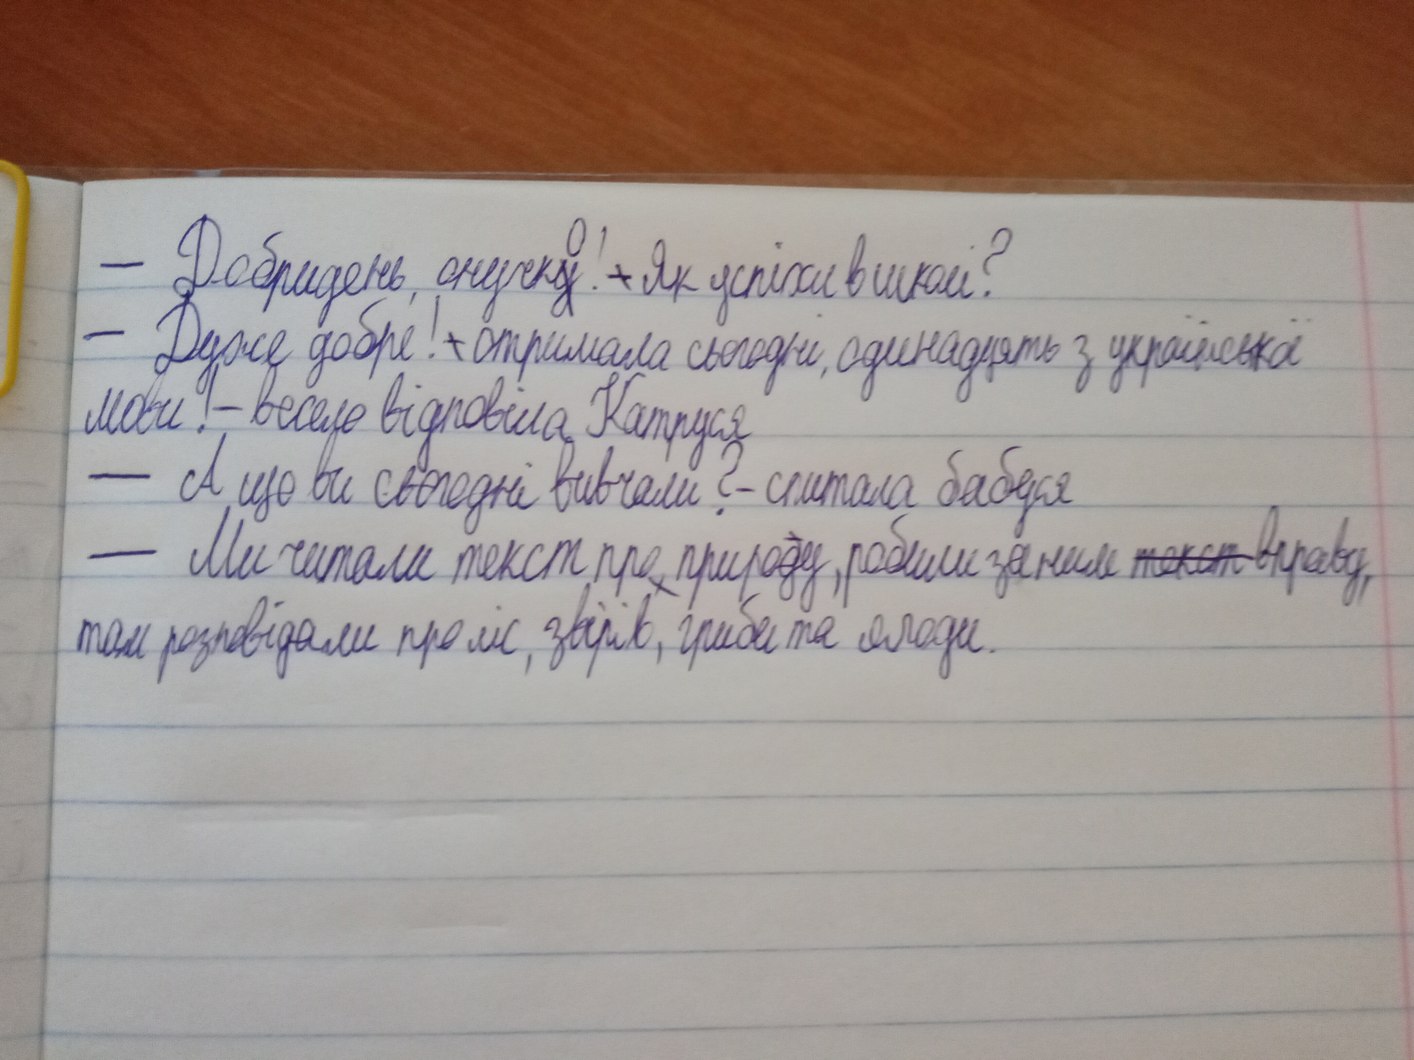
- Добридень, онучк~~у~~о! + Як успіхи в школі?
— Дуже добре! — отримала сьогодні одинадцять з української
мови! — весело відповіла Катруся
— А що ви сьогодні вивчали? - спитала бабуся
— Ми читали текст про природу, робили за ним ~~текст~~{вправу},
там розповідали про ліс, звірів, гриби та ягоди.